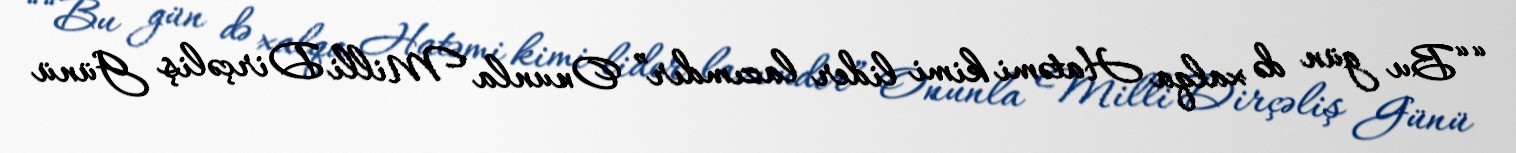
““Bu gün də xalqa Hatəmi kimi lider lazımdır” Onunla Milli Dirçəliş Günü